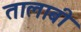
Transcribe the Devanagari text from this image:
तालाबी